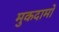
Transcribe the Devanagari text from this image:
मुकदामों